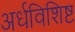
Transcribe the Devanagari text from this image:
अर्धविशिष्ट